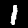
Digit: 1